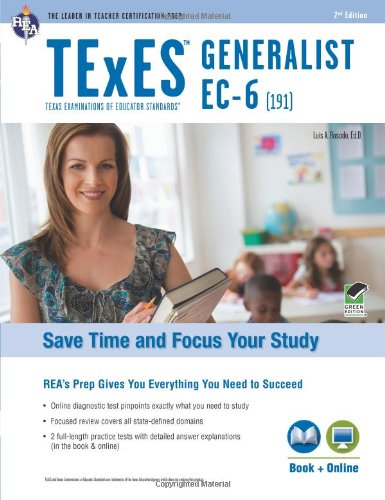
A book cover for TExES Generalist EC-6 (191) Book + Online (TExES Teacher Certification Test Prep); Dr. Luis A. Rosado Ed.D.; Test Preparation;